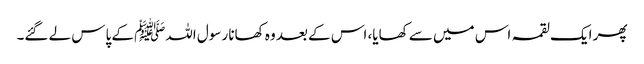
پھر ایک لقمہ اس میں سے کھایا، اس کے بعد وہ کھانا رسول اللہﷺ کے پاس لے گئے۔